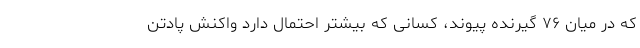
که در میان ۷۶ گیرنده پیوند، کسانی که بیشتر احتمال دارد واکنش پادتن